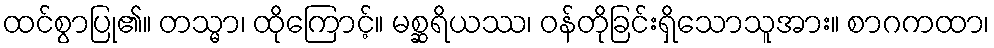
ထင်စွာပြု၏။ တသ္မာ၊ ထိုကြောင့်။ မစ္ဆရိယဿ၊ ဝန်တိုခြင်းရှိသောသူအား။ စာဂကထာ၊